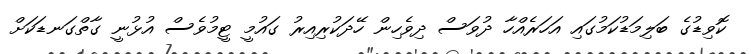
ކޮވިޑުގެ ބަލިމަޑުކަމުގައި އަހަރެއްހާ ދުވަސް ދިވެހިން ހޭދަކުރިއިރު ގައުމީ ޓީމުވެސް އުޅުނީ ގާތްގަނޑަކަށް